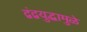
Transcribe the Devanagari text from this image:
द्वंद्वयुद्धामुळे